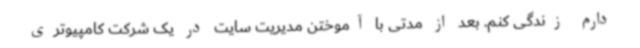
دارم زندگی کنم. بعد از مدتی با آموختن مدیریت سایت در یک شرکت کامپیوتری